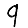
Digit: 9